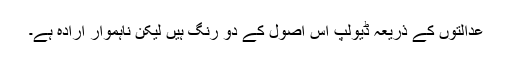
عدالتوں کے ذریعہ ڈیولپ اس اصول کے دو رنگ ہیں لیکن ناہموار ارادہ ہے۔